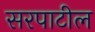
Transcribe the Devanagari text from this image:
सरपाटील